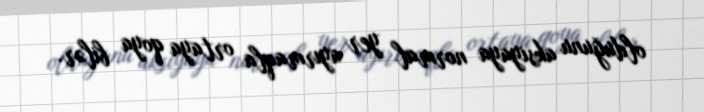
olduğunu aksiyaya normal yer ayırmaqla ortaya qoya bilər.